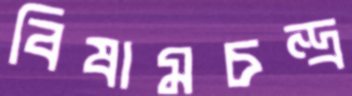
বিষামচন্দ্র